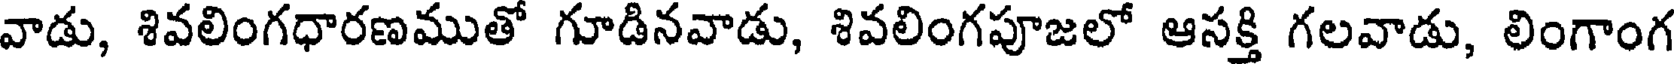
వాడు, శివలింగధారణముతో గూడినవాడు, శివలింగపూజలో ఆసక్తి గలవాడు, లింగాంగ